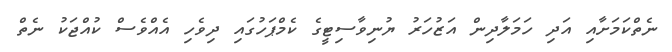
ނެތްކަމަށާއި އަދި ހަމަލާދިން އަޒުހަރު ޔުނިވާސިޓީގެ ކެމްޕަހުގައި ދިވެހި އެއްވެސް ކުއްޖަކު ނެތް